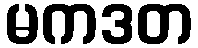
မကဒတ